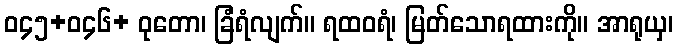
ဝ၄၅+ဝ၄၆+ ဝုတော၊ ခြံရံလျက်။ ရထဝရံ၊ မြတ်သောရထားကို။ အာရုယှ၊